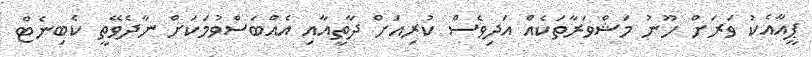
ޕީއާއެކު ވަރަށް ހޫނު މަޝްވަރާތަކެއް އަދިވެސް ކުރިއަށް ދާތީއާއި އެއްބަސްވުމަކަށް ނާދެވޭތީ ކެބިނެޓް